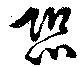
恐